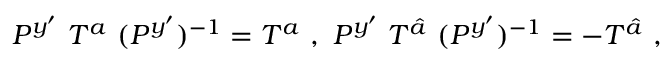
P ^ { y ^ { \prime } } ~ T ^ { a } ~ ( P ^ { y ^ { \prime } } ) ^ { - 1 } = T ^ { a } ~ , ~ P ^ { y ^ { \prime } } ~ T ^ { \hat { a } } ~ ( P ^ { y ^ { \prime } } ) ^ { - 1 } = - T ^ { \hat { a } } ~ , ~ \,